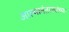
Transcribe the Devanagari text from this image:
आल्यानंतरत्यांच्या